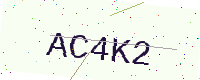
Text: AC4K2